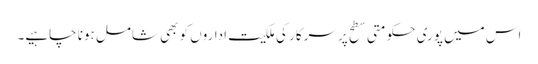
اس میں پوری حکومتی سطح پر سرکار کی ملکیت اداروں کو بھی شامل ہونا چاہیے۔